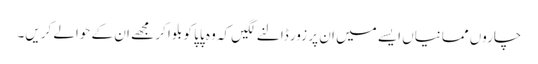
چاروں ممانیاں ایسے میں ان پر زور ڈالنے لگیں کہ وہ پاپا کو بلوا کر مجھے ان کے حوالے کریں۔